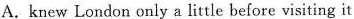
A. knew London only a little before visiting it